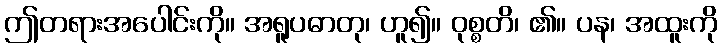
ဤတရားအပေါင်းကို။ အရူပဓာတု၊ ဟူ၍။ ဝုစ္စတိ၊ ၏။ ပန၊ အထူးကို